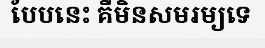
បែបនេះ គឺមិនសមរម្យទេ